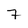
Character: 7